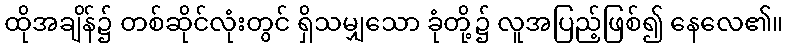
ထိုအချိန်၌ တစ်ဆိုင်လုံးတွင် ရှိသမျှသော ခုံတို့၌ လူအပြည့်ဖြစ်၍ နေလေ၏။